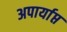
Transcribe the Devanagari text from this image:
अपार्याप्त